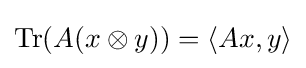
\operatorname {Tr} (A(x\otimes y))=\langle Ax,y\rangle